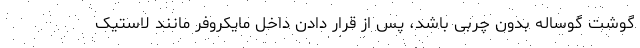
گوشت گوساله بدون چربی باشد، پس از قرار دادن داخل مایکروفر مانند لاستیک